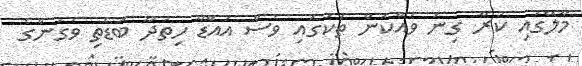
މާލޭގައި ކުރާ ގިނަ ވައްކަން ތަކުގައި ވެސް އައްޑޫ ހިތަދޫ ބޮޑެތި ވަގުންގެ